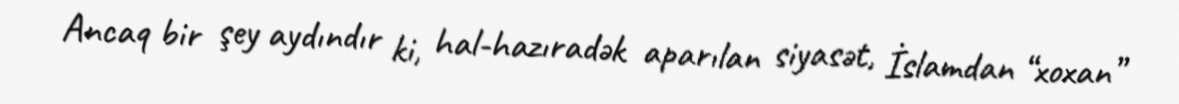
Ancaq bir şey aydındır ki, hal-hazıradək aparılan siyasət, İslamdan “xoxan”